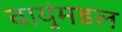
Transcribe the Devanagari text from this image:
वायुंमडल